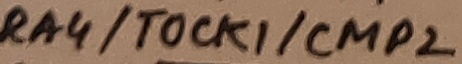
Text: RA4/TOCK1/CMP2